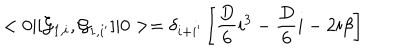
< 0 \vert [ { \cal G } _ { 1 , i } , { \cal G } _ { 1 , i ^ { \prime } } ] \vert 0 > = \delta _ { i + i ^ { \prime } } \left[ { \frac { D } { 6 } } i ^ { 3 } - { \frac { D } { 6 } } i - 2 i \beta \right]